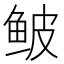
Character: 鲏